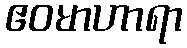
ဧဝမာဟာရာ